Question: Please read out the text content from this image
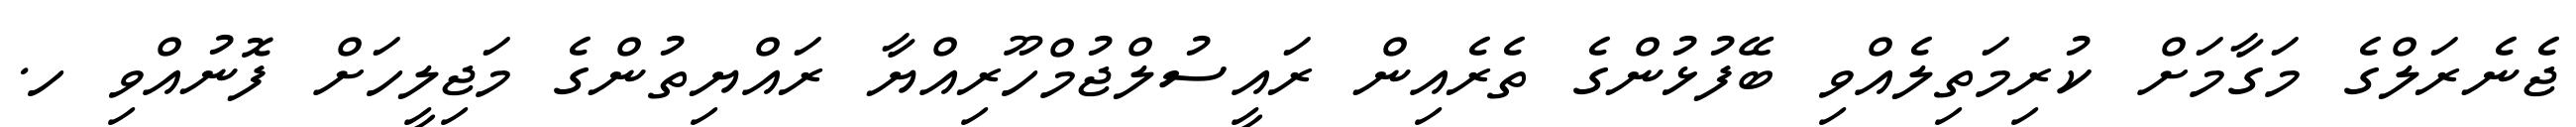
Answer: ޖެނެރަލްގެ މަގާމަށް ކުރިމަތިލެއްވި ބޭފުޅުންގެ ތެރެއިން ރައީސުލްޖުމްހޫރިއްޔާ ރައްޔިތުންގެ މަޖިލީހަށް ފޮނުއްވި ހ.